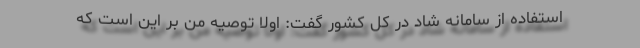
استفاده از سامانه شاد در کل کشور گفت: اولاً توصیه من بر این است که